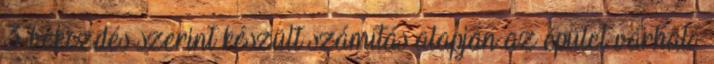
3 bekezdés szerint készült számítás alapján az épület várható